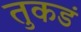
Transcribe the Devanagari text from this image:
तुकडं